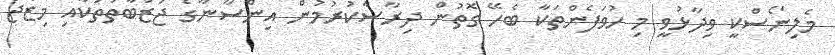
މެލިނޯސްކީ ވިދާޅުވީ މި ހުވަފެންތަކާ ބެހޭ ގޮތުން ދިރާސާކުރުމުން އިންސާނާގެ ޖަޒުބާތުތަކާއި މިޒާޖު